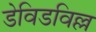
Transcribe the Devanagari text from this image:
डेविडविल्ल